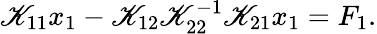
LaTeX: \mathscr{K}_{11}x_{1}-\mathscr{K}_{12}\mathscr{K}_{22}^{-1}\mathscr{K}_{21}x_{1}=F_{1}.